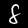
Digit: 8